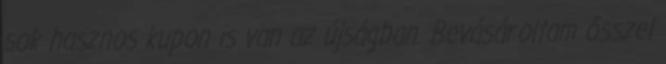
sok hasznos kupon is van az újságban. Bevásároltam ősszel